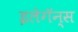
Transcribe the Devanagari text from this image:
इलेगॅन्स